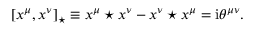
[ x ^ { \mu } , x ^ { \nu } ] _ { \star } \equiv x ^ { \mu } \star x ^ { \nu } - x ^ { \nu } \star x ^ { \mu } = \mathrm { i } \theta ^ { \mu \nu } .